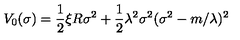
V _ { 0 } ( \sigma ) = \frac 1 2 \xi R \sigma ^ { 2 } + \frac 1 2 \lambda ^ { 2 } \sigma ^ { 2 } ( \sigma ^ { 2 } - m / \lambda ) ^ { 2 }